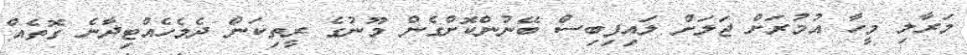
މަރާލި މީހާ އުމުރަށް ޖަލަށް ލައިފިބިސް ބޭނުންކޮށްގެން މޫނުގެ ރީތިކަން ދެމެހެއްޓިދާނެ ގޮތެއް